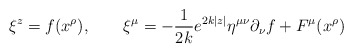
\begin{align*}\xi^z = f(x^{\rho}),\qquad\xi^{\mu} = -\frac{1}{2k}e^{2k|z|}\eta^{\mu\nu}\partial_{\nu}f +F^{\mu}(x^{\rho})\end{align*}